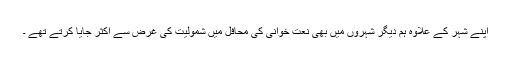
اپنے شہر کے علاوہ ہم دیگر شہروں میں بھی نعت خوانی کی محافل میں شمولیت کی غرض سے اکثر جایا کرتے تھے ۔